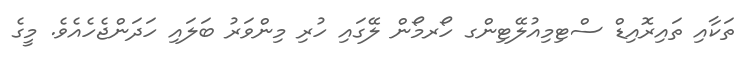
ތަކާއި ތައިރޮއިޑް ސްޓިމިއުލޭޓިންގ ހޯރމޯން ލޭގައި ހުރި މިންވަރު ބަލައި ހަދަންޖެހެއެވެ. މީގެ